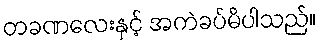
တခဏလေးနှင့် အကဲခပ်မိပါသည်။